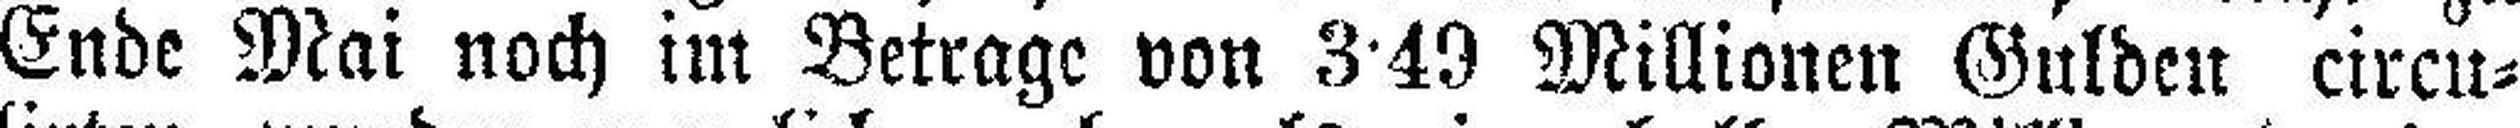
Ende Mai noch im Betrage von 3•49 Millionen Gulden circu¬